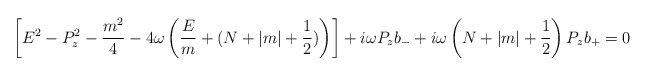
\begin{align*}\left[ E^{2}-P_{z}^{2}-\frac{m^{2}}{4}-4\omega \left( \frac{E}{m}+(N+\left|m\right| +\frac{1}{2})\right) \right] +i\omega P_{z}b_{-}+i\omega \left(N+\left| m\right| +\frac{1}{2}\right) P_{z}b_{+}=0\end{align*}